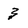
Character: 3